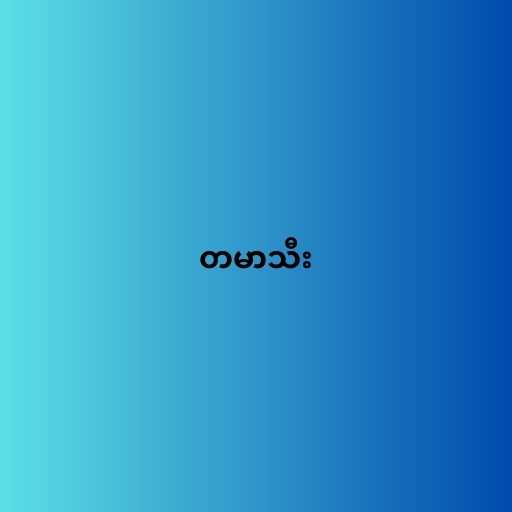
တမာသီး